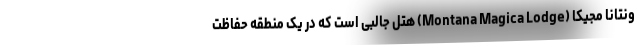
ونتانا مجيکا (Montana Magica Lodge) هتل جالبی است که در یک منطقه حفاظت